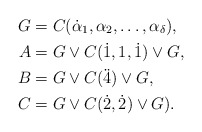
\begin{align*}G&=C(\dot\alpha_1,\alpha_2,\ldots,\alpha_\delta),\\A&=G\vee C(\dot1,1,\dot1)\vee G,\\B&=G\vee C(\ddot4)\vee G, \\C&=G\vee C(\dot2,\dot2)\vee G). \end{align*}